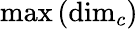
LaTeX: \mathrm{max}\left(\mathrm{dim}_{c}\right)